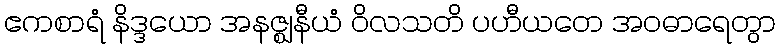
ဧကစာရံ နိဒ္ဒယော အနဇ္ဈနီယံ ဝိလသတိ ပဟီယတေ အဝဓာရေတွာ